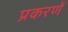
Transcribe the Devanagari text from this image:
प्रकरणें